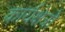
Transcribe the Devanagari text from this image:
कार्यक्षेत्रो